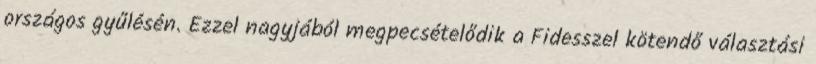
országos gyűlésén. Ezzel nagyjából megpecsételődik a Fidesszel kötendő választási